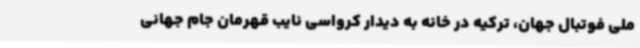
ملی فوتبال جهان، ترکیه در خانه به دیدار کرواسی نایب قهرمان جام جهانی